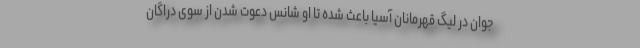
جوان در لیگ قهرمانان آسیا باعث شده تا او شانس دعوت شدن از سوی دراگان